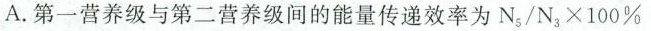
A. 第一营养级与第二营养级间的能量传递效率为 $$N _ { 5 } / N _ { 3 } \times